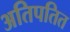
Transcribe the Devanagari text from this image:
अतिपतित